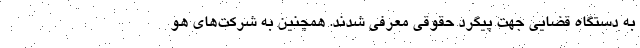
به دستگاه قضایی جهت پیگرد حقوقی معرفی شدند. همچنین به شرکت‌های هو